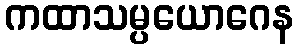
ကထာသမ္ပယောဂေန